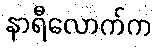
နာရီလောက်က